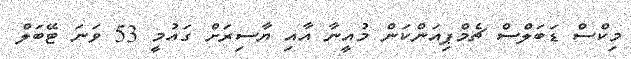
މިކްސް ޑަބަލްސް ޗެމްޕިއަންކަން މުއީނާ އާއި ޔާސިރަށް ގައުމީ 53 ވަނަ ޓޭބަލް